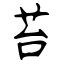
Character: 苔